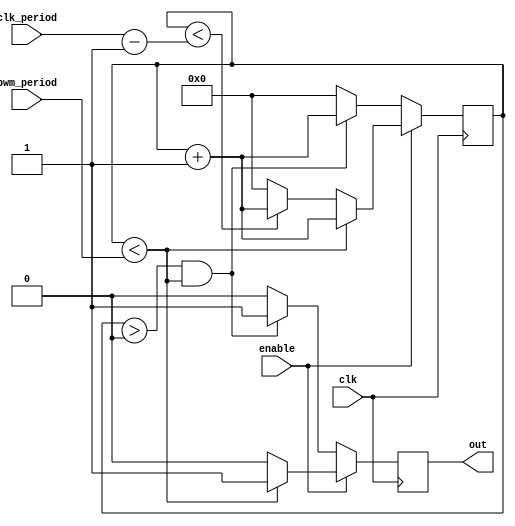
module pwm_2 (
    input clk,
    input enable,
	input [31:0] clk_period,
    input [31:0] pwm_period,
    output out
    );
reg clk_out=1'b0;
reg [31:0] counter = 32'b0;
always @(posedge clk)
begin
  if (enable == 1'b1)
    begin
      if (counter < pwm_period)
        begin
         clk_out <= 1'b1;
         counter <= counter + 32'b1;
        end
      else
        begin
        if (counter < (clk_period-1))
         begin
          clk_out <= 1'b0;
          counter <= counter + 32'b1;
         end
        else 
         begin
          clk_out <= 1'b0;
          counter <= 32'b0;
         end
       end 
     end   
   else
     begin
        if ((counter > 0) && (counter < pwm_period) )   
           begin
              clk_out <= 1'b1;
              counter <= counter + 32'b1;
           end
        else
           begin
             clk_out <= 1'b0;
             counter <= 32'b0;
           end
     end 
end 
assign out = clk_out;
endmodule